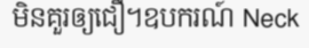
មិនគួរឲ្យជឿ។ឧបករណ៍ Neck